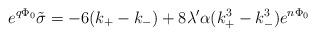
LaTeX: \begin{align*}e^{q\Phi_0}\tilde{\sigma}=-6(k_+-k_-)+8\lambda'\alpha (k_+^3-k_-^3) e^{n\Phi_0}\end{align*}